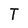
Character: T